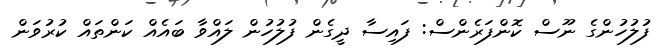
ފުލުހުންގެ ނޫސް ކޮންފަރެންސް: ފައިސާ ދީގެން ފުލުހުން ލައްވާ ބައެއް ކަންތައް ކުރުވަން